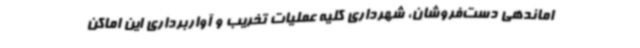
اماندهی دست‌فروشان، شهرداری کلیه عملیات تخریب و آواربرداری این اماکن